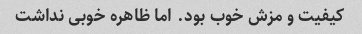
کیفیت و مزش خوب بود. اما ظاهره خوبی نداشت